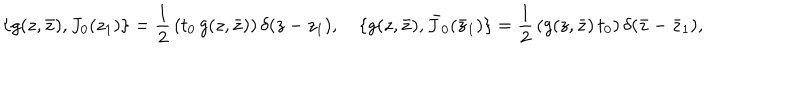
\{ g ( z , \bar { z } ) , J _ { 0 } ( z _ { 1 } ) \} = \frac { 1 } { 2 } \, ( t _ { 0 } \, g ( z , \bar { z } ) ) \, \delta ( z - z _ { 1 } ) , ~ \{ g ( z , \bar { z } ) , \bar { J } _ { 0 } ( \bar { z } _ { 1 } ) \} = \frac { 1 } { 2 } \, ( g ( z , \bar { z } ) \, t _ { 0 } ) \, \delta ( \bar { z } - \bar { z } _ { 1 } ) ,